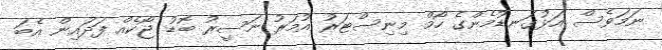
ނަމަވެސް އަޅުގަނޑުމެންގެ ހޯމް މިނިސްޓަރު އުމަރު ނަސީރު ބޮޑު ޖޯކެއް ފަދައިން އެބަ